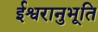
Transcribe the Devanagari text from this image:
ईश्वरानुभूति